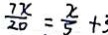
\frac { 7 x } { 2 0 } = \frac { x } { 5 } + 3